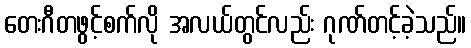
တေးဂီတဖွင့်စက်လို အလယ်တွင်လည်း ဂုဏ်တင့်ခဲ့သည်။